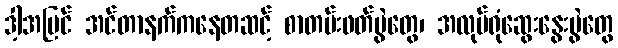
ဒါ့အပြင် အင်တာနက်ကနေတဆင့် စာတမ်းဖတ်ပွဲတွေ၊ အလုပ်ရုံဆွေးနွေးပွဲတွေ